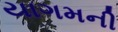
યાગમની